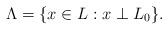
LaTeX: \begin{align*}\Lambda = \{x\in L : x\perp L_0\}.\end{align*}